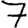
Digit: 7